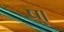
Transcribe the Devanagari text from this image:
ष्।